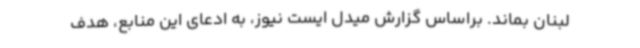
لبنان بماند. براساس گزارش میدل ایست نیوز، به ادعای این منابع، هدف